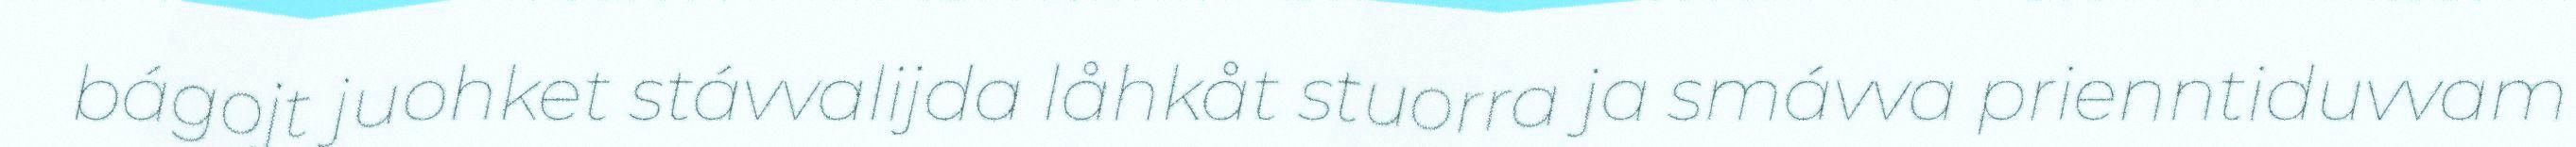
bágojt juohket stávvalijda låhkåt stuorra ja smávva prienntiduvvam